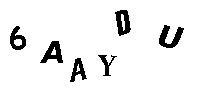
6AAYDU